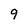
Character: 9